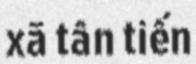
xã tân tiến